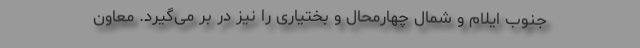
جنوب ایلام و شمال چهارمحال و بختیاری را نیز در بر می‌گیرد. معاون